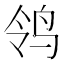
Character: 鸰